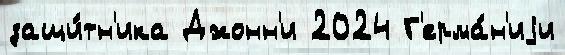
защи́тн'ика Джонн'и 2024 Г'ерма́н'иjи